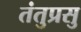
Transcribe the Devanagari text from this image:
तंतुप्रसु